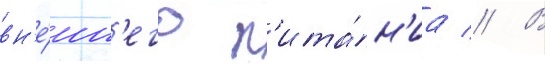
вн'е́шн'его п'ита́н'иа // В